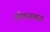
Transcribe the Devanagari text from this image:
ॲकरमन